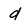
Character: d